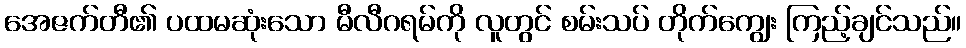
အေဇက်တီ၏ ပထမဆုံးသော မီလီဂရမ်ကို လူတွင် စမ်းသပ် တိုက်ကျွေး ကြည့်ချင်သည်။